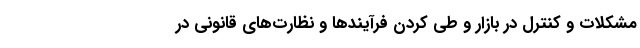
مشکلات و کنترل در بازار و طی کردن فرآیند‌ها و نظارت‌های قانونی در